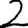
Digit: 2